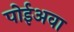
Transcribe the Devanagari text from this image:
पोईअवा